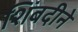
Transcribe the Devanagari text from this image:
शिंबदीने